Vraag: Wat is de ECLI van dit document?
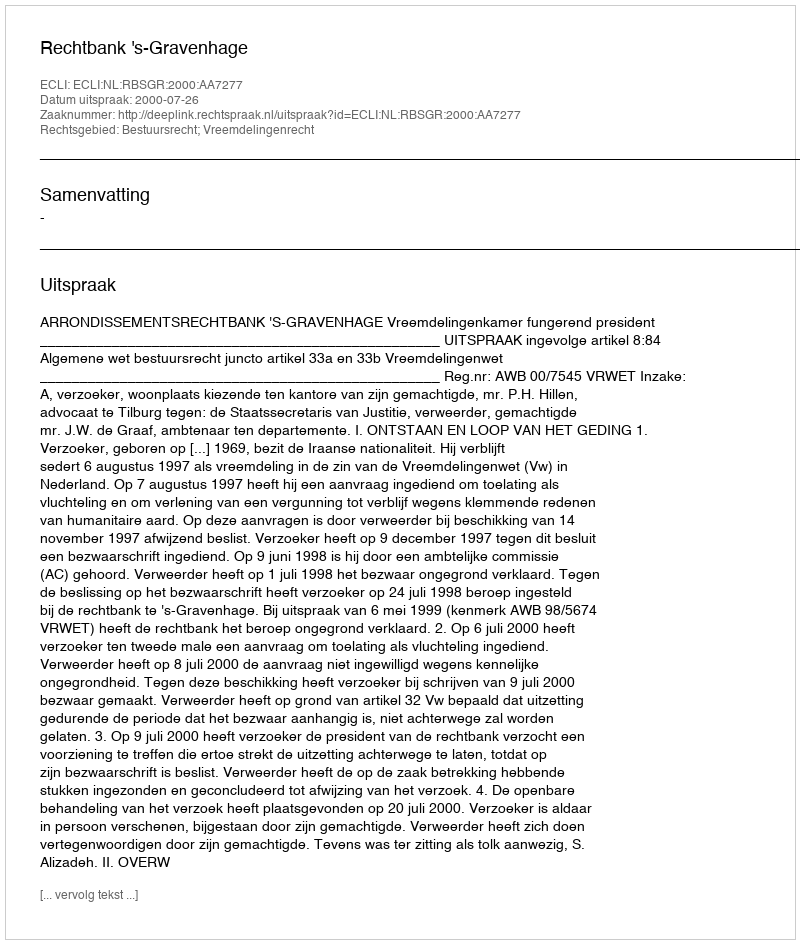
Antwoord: ECLI:NL:RBSGR:2000:AA7277